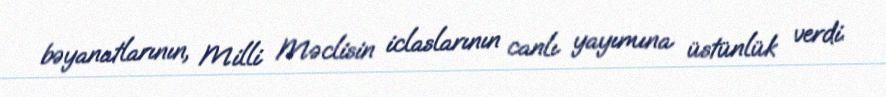
bəyanatlarının, Milli Məclisin iclaslarının canlı yayımına üstünlük verdi.